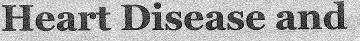
Heart Disease and